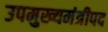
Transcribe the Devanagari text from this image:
उपमुख्यमंत्रीपद